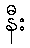
နီး